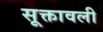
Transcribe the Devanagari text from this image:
सूक्तावली